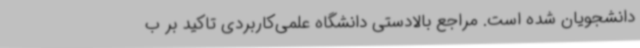
دانشجویان شده است. مراجع بالادستی دانشگاه علمی‌کاربردی تاکید بر ب